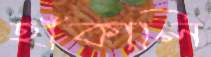
হাঁকালি